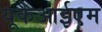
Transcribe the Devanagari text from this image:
यूकेआईएम